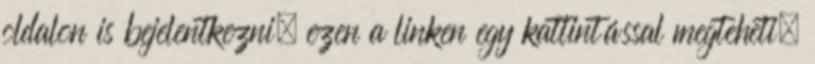
oldalon is bejelentkezni, ezen a linken egy kattintással megteheti.